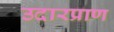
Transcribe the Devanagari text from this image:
उदारप्राण